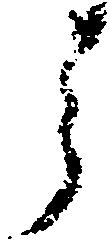
ら